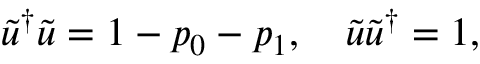
\tilde { u } ^ { \dag } \tilde { u } = 1 - p _ { 0 } - p _ { 1 } , \quad \tilde { u } \tilde { u } ^ { \dag } = 1 ,